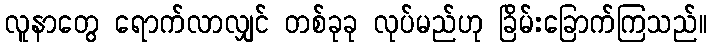
လူနာတွေ ရောက်လာလျှင် တစ်ခုခု လုပ်မည်ဟု ခြိမ်းခြောက်ကြသည်။